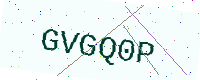
Text: GVGQ0P